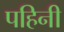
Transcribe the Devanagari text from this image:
पहिनी